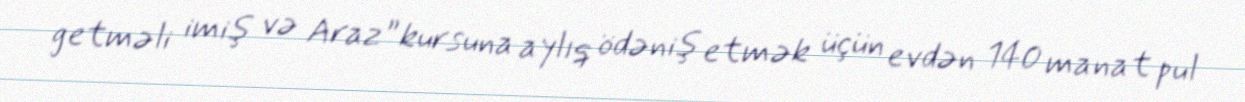
getməli imiş və Araz” kursuna aylıq ödəniş etmək üçün evdən 140 manat pul